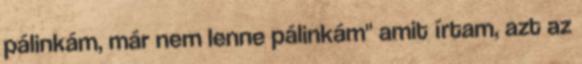
pálinkám, már nem lenne pálinkám" amit írtam, azt az